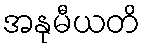
အနုမီယတိ